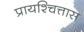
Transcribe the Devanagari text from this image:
प्रायश्चित्तास